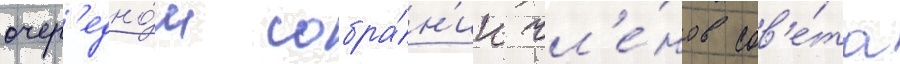
очер'едно́м собра́н'ии чл'е́нов сов'е́та